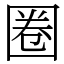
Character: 圈